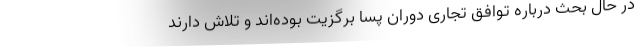
در حال بحث درباره توافق تجاری دوران پسا برگزیت بوده‌اند و تلاش دارند